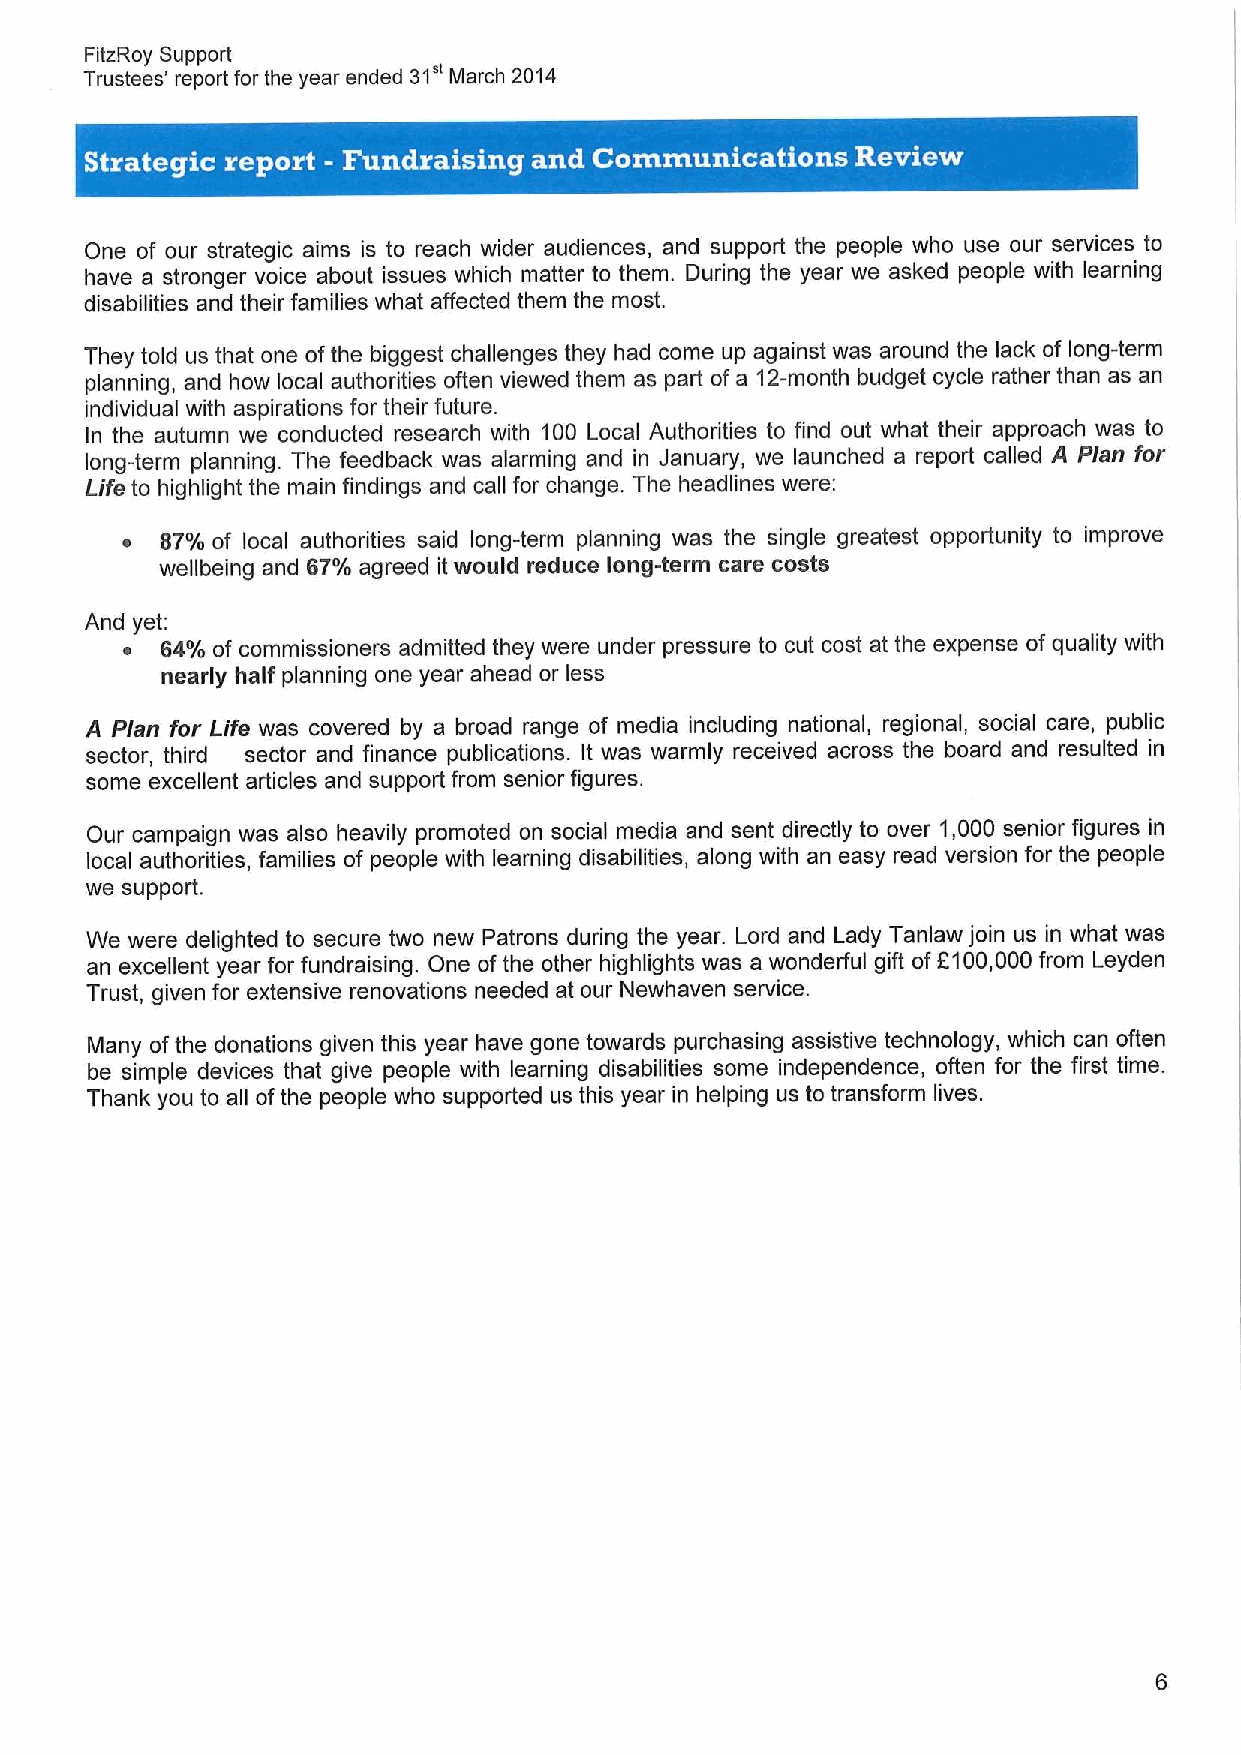
FitzRoy Support
 31"
 Trustees' report for the year ended March 2014
 One of our strategic aims is to reach wider audiences, and support the people who use our services to
 have a stronger voice about issues which matter to them. During the year we asked people with learning
 disabilities and their families what affected them the most.
 They told us that one ofthe biggest challenges they had come up against was around the lack of long-term
 planning, and how local authorities often viewed them as part of a 12-month budget cycle rather than as an
 individual with aspirations for their future.
 In the autumn we conducted research with 100 Local Authorities to find out what their approach was to
 long-term planning. The feedback was alarming and in January, we launched a report called A Plan for
 Life to highlight the main findings and call for change. The headlines were:
 ~  87'/o of local authorities said long-term planning was the single greatest opportunity to improve
 wellbeing and 67'/o agreed it would reduce long-term care costs
 And yet:
 ~  64'/o of commissioners admitted they were under pressure to cut cost at the expense of quality with
 nearly half planning one year ahead or less
 A Plan for Life was covered by a broad range of media including national, regional, social care, public
 sector, third sector and finance publications. It was warmly received across the board and resulted in
 some excellent articles and support from senior figures.
 Our campaign was also heavily promoted on social media and sent directly to over 1,000 senior figures in
 local authorities, families of people with learning disabilities, along with an easy read version for the people
 we support.
 We were delighted to secure two new Patrons during the year. Lord and Lady Tanlaw join us in what was
 an excellent year for fundraising. One ofthe other highlights was a wonderful gift ofF100,000 from Leyden
 Trust, given for extensive renovations needed at our Newhaven service.
 Many ofthe donations given this year have gone towards purchasing assistive technology, which can often
 be simple devices that give people with learning disabilities some independence, often for the first time.
 Thank you to all ofthe people who supported us this year in helping us to transform lives.